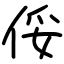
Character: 俀